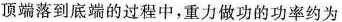
顶端落到底端的过程中，重力做功的功率约为